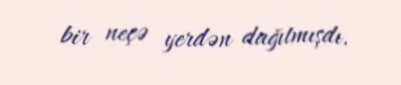
bir neçə yerdən dağıtmışdı.